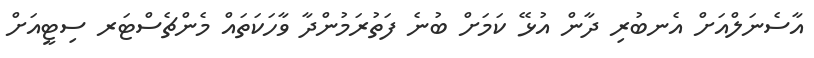
އާސެނަލްއަށް އެނބުރި ދާން އުޅޭ ކަމަށް ބުނެ ފަތުރަމުންދާ ވާހަކަތައް މެންޗެސްޓަރ ސިޓީއަށް